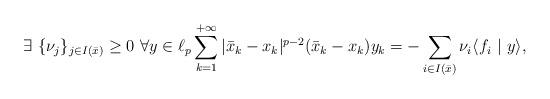
LaTeX: \begin{align*}\exists\ \{\nu_{j}\}_{j\in I(\bar{x})}\geq 0\ \forall y\in \ell_p \sum_{k=1}^{+\infty} |\bar{x}_k-x_k|^{p-2}{(\bar{x}_k-x_k)} y_k=-\sum_{i\in I(\bar{x})} \nu_i \langle f_i \ |\ y \rangle,\end{align*}